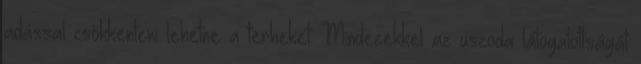
adással csökkenteni lehetne a terheket. Mindezekkel az uszoda látogatottságát